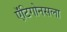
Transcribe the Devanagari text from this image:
ऍंटिगोनसला